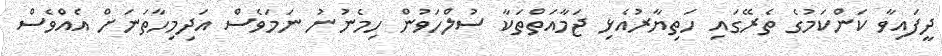
ދީފައިވާ ކަންކަމުގެ ތެރޭގައި ހަތިޔާރުއެޅި ޖަމާއަތްތަކާ ސުލްހަވުން ހިމެނުނު ނަމަވެސް އަދިމިހާތަނަށް އެއްވެސް